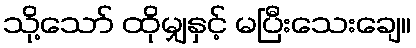
သို့သော် ထိုမျှနှင့် မပြီးသေးချေ။